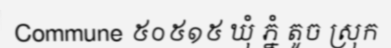
Commune ៥០៥១៥ ឃុំ ភ្នំ តូច ស្រុក